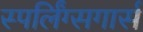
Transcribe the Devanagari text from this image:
स्पर्लिंग्सगार्स